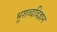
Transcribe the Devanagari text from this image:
भूशब्दविज्ञान